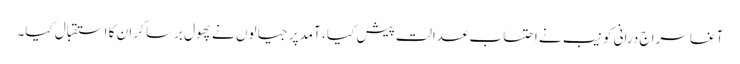
آغا سراج درانی کو نیب نے احتساب عدالت پیش کیا ، آمدپر جیالوں نے پھول برسا کر ان کا استقبال کیا۔